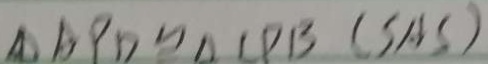
\Delta A P D \cong \Delta C P B ( S A S )